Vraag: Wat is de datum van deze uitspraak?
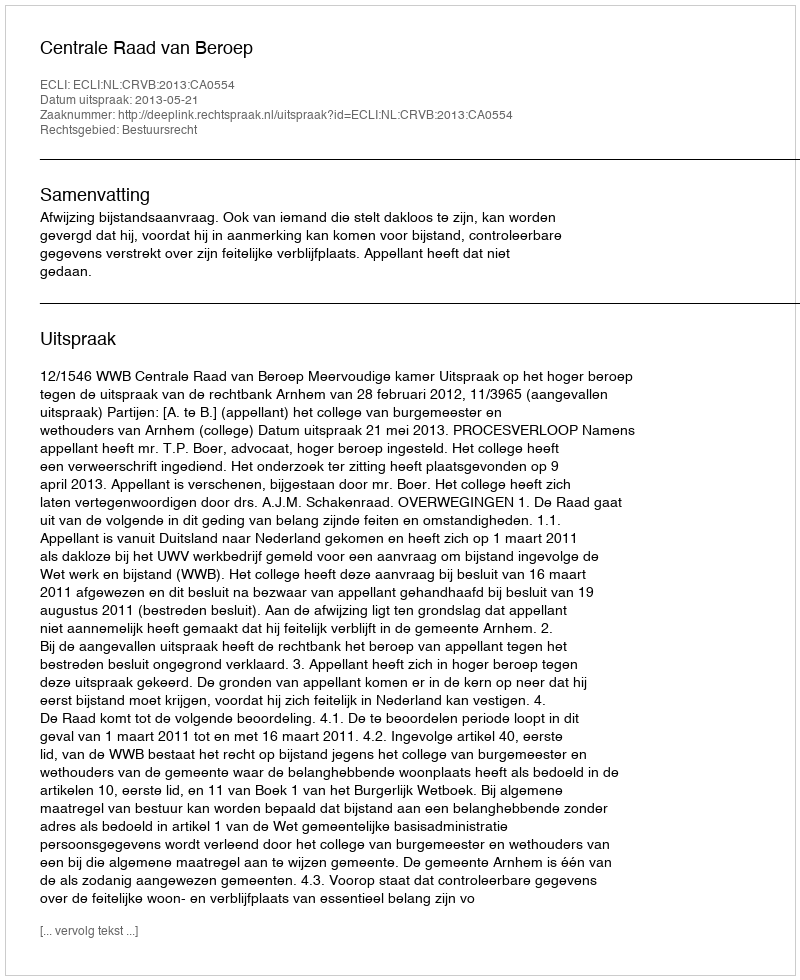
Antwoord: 2013-05-21